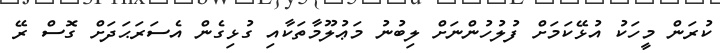
ކުރަން މީހަކު އުޅޭކަމަށް ފުލުހުންނަށް ލިބުނު މަޢުލޫމާތަކާއި ގުޅިގެން އެސަރަޙަދަށް ގޮސް ރޭ